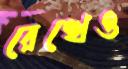
রেখেও